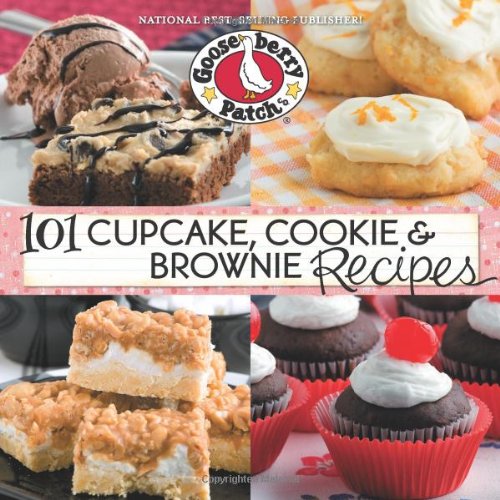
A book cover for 101 Cupcake, Cookie & Brownie Recipes (101 Cookbook Collection); Gooseberry Patch; Cookbooks, Food & Wine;